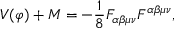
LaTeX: V ( \varphi ) + M = - \frac { 1 } { 8 } F _ { \alpha \beta \mu \nu } F ^ { \alpha \beta \mu \nu } ,